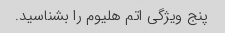
پنج ویژگی اتم هلیوم را بشناسید.